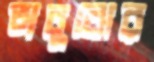
অবুঝের